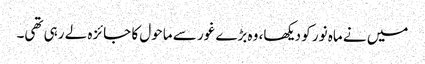
میں نے ماہ نور کو دیکھا، وہ بڑے غور سے ماحول کا جائزہ لے رہی تھی۔